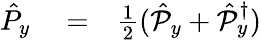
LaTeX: \begin{array}{rlr}{\hat{P}_{y}}&{{}=}&{\frac{1}{2}(\hat{\mathcal P}_{y}+\hat{\mathcal P}_{y}^{\dagger})}\end{array}